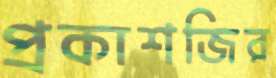
প্রকাশজির